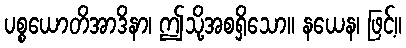
ပစ္စယောတိအာဒိနာ၊ ဤသို့အစရှိသော။ နယေန၊ ဖြင့်။